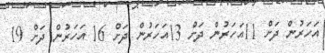
އަހަރުން ދަށް 11އަހަރުން ދަށް 13އަހަރުން ދަށް 16 އަހަރުން ދަށް 19